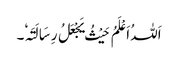
اَللہُ اَعْلَمُ حَیْثُ یَجْعَلُ رِسَالَتَہٗ۔